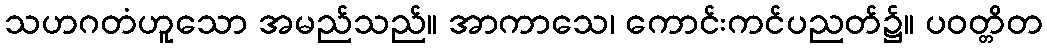
သဟဂတံဟူသော အမည်သည်။ အာကာသေ၊ ကောင်းကင်ပညတ်၌။ ပဝတ္တိတ